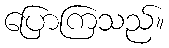
ပြောကြသည်။